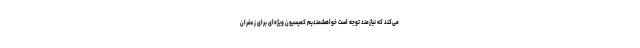
می‌کند که نیازمند توجه است خواهشمندیم کمیسیون ویژه‌ای برای زعفران